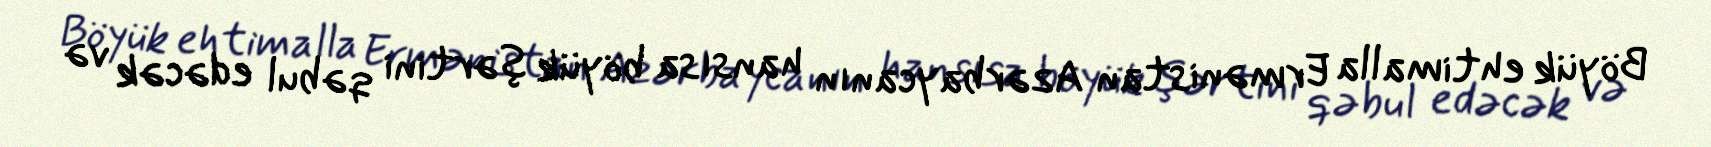
Böyük ehtimalla Ermənistan Azərbaycanın hansısa böyük şərtini qəbul edəcək və